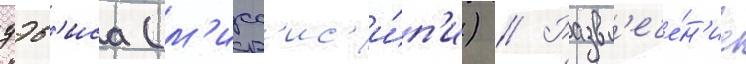
дэв'иса (м'исс'ис'и́п'и) // Развл'ече́н'ие